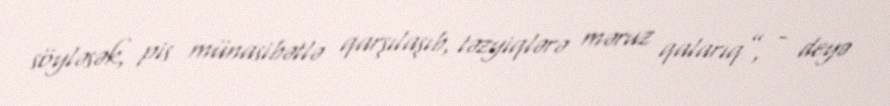
söyləsək, pis münasibətlə qarşılaşıb, təzyiqlərə məruz qalarıq”, - deyə